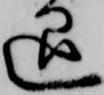
退